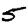
Digit: 5